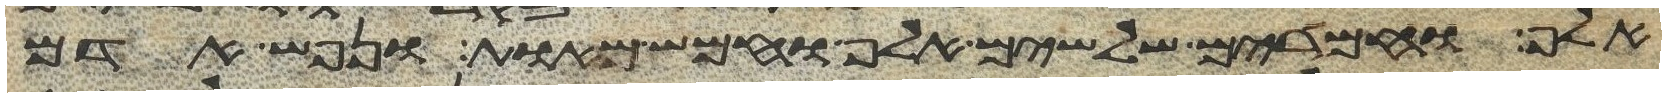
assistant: אלף וחמרים שלשים אלף וחמש מאות ונפש אדם